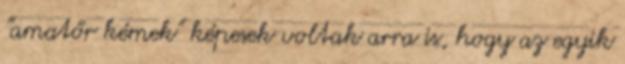
"amatőr kémek" képesek voltak arra is, hogy az egyik